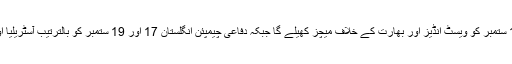
میزبان سری لنکا 13 اور 15 ستمبر کو ویسٹ انڈیز اور بھارت کے خلاف میچز کھیلے گا جبکہ دفاعی چیمپئن انگلستان 17 اور 19 ستمبر کو بالترتیب آسٹریلیا اور پاکستان کے مدمقابل ہوگا۔